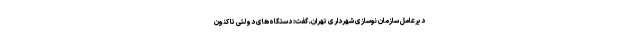
دیرعامل سازمان نوسازی شهرداری تهران ـ گفت: دستگاه‌های دولتی تا کنون